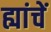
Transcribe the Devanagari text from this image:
ह्यांचें